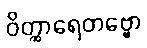
ဝိတ္ထာရေတဗ္ဗော